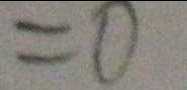
= 0